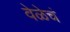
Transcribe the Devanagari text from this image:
वेळेचं